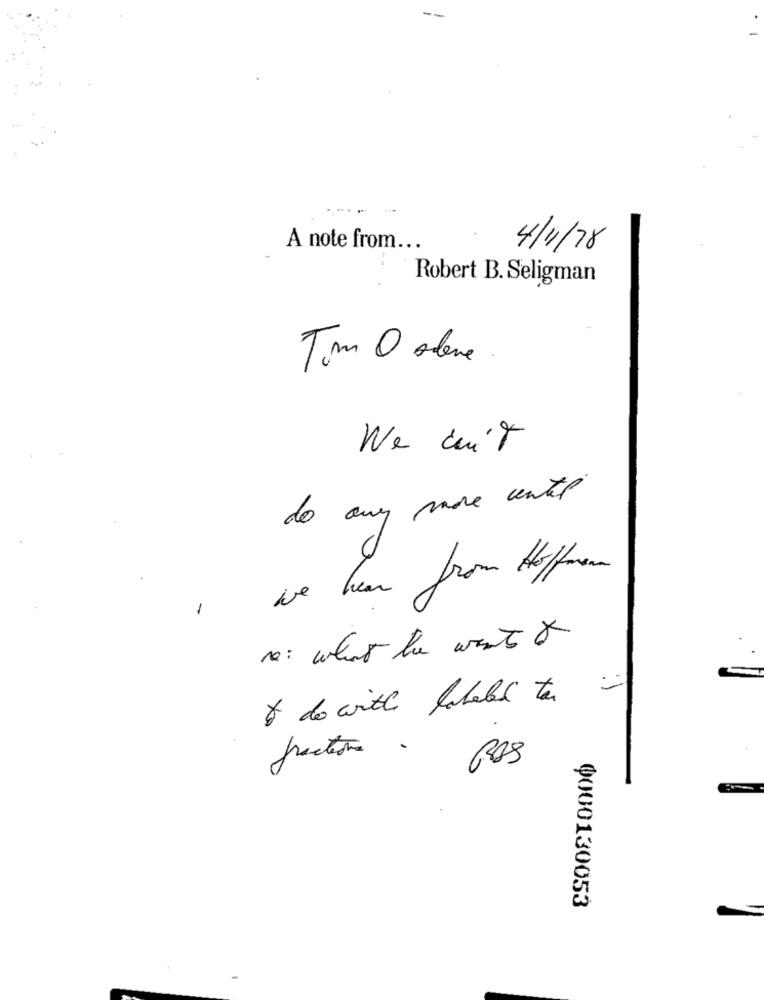
--
A note from ..
4/4/78
Robert B. Seligman
Tim 0 alene .
We cuit
do any more cente
we hear from Hoffmann
1
re : what he went &
& do with labeled to
PAS
Ф000130053